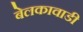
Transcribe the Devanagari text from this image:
बेलकावाडी